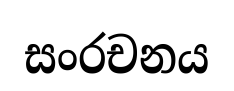
සංරචනය